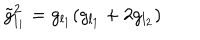
\tilde { g } _ { l _ { 1 } } ^ { 2 } = g _ { l _ { 1 } } ( g _ { l _ { 1 } } + 2 g _ { l _ { 2 } } )